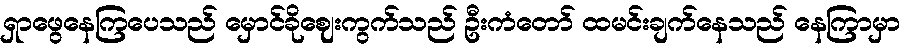
ရှာဖွေနေကြပေသည် မှောင်ခိုဈေးကွက်သည် ဦးကံတော် ထမင်းချက်နေသည် နေကြာမှာ